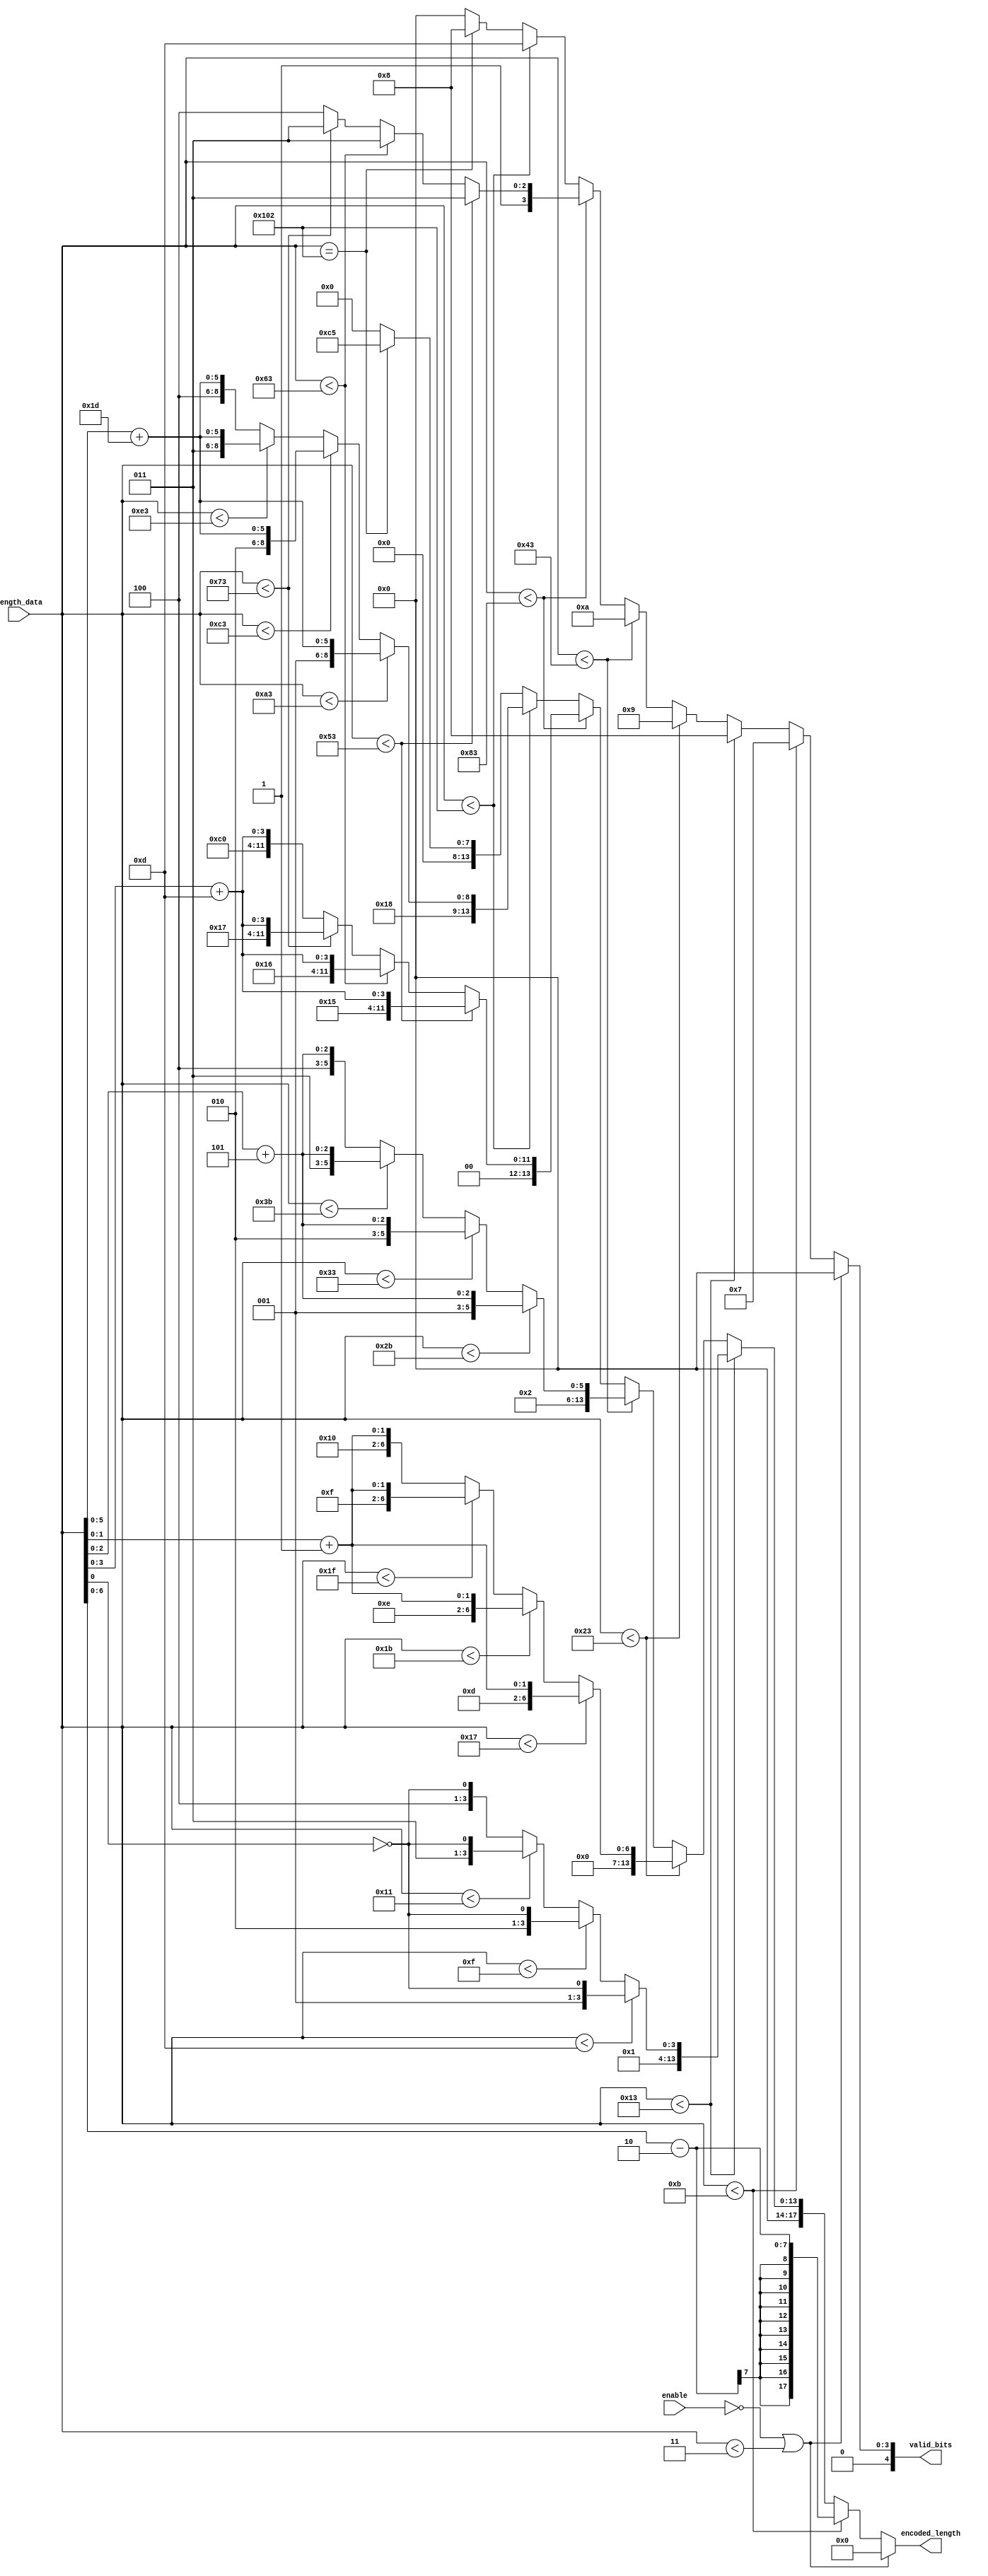
module Length_Encoder(
  input [8:0] length_data,
  input enable,
  output reg [17:0] encoded_length,
  output reg [4:0] valid_bits  
);
  
  
  always@* begin

    //If module is not enabled or value is too small output zeros
    if(!enable || length_data < 9'd3) begin
      encoded_length = 16'd0;
      valid_bits = 5'd0;
    end

    //Encoded with 0 extra bits
    else if(length_data < 9'd11) begin
      encoded_length = length_data[6:0] - 6'd2;
      valid_bits = 5'd7;
    end
    
    //Encoded with 1 extra bit
    else if(length_data < 9'd19) begin
      
     valid_bits = 5'd8;
      
      if(length_data < 9'd13)
        encoded_length = {7'd9, !length_data[0]};
      
      else if(length_data < 9'd15)
        encoded_length = {7'd10, !length_data[0]};
      
      else if(length_data < 9'd17)
        encoded_length = {7'd11, !length_data[0]};
      
      else 
        encoded_length = {7'd12, !length_data[0]};

    end
    
    //Encoded with 2 extra bits
    else if(length_data < 9'd35) begin
      
     valid_bits = 5'd9;
      
      if(length_data < 9'd23)
        encoded_length = {7'd13, length_data[1:0] + 2'd1};
        
      else if(length_data < 9'd27)
        encoded_length = {7'd14, length_data[1:0] + 2'd1};

      else if(length_data < 9'd31)
        encoded_length = {7'd15, length_data[1:0] + 2'd1};

      else
        encoded_length = {7'd16, length_data[1:0] + 2'd1};
        
    end
    
    //Encoded with 3 extra bits
    else if(length_data < 9'd67) begin
      
     valid_bits = 5'd10;
            
      if(length_data < 9'd43) 
        encoded_length = {7'd17, length_data[2:0] + 3'd5};
        
      else if(length_data < 9'd51)
        encoded_length = {7'd18, length_data[2:0] + 3'd5};
        
      else if(length_data < 9'd59)
        encoded_length = {7'd19, length_data[2:0] + 3'd5};
        
      else
        encoded_length = {7'd20, length_data[2:0] + 3'd5};

    end
    
    //Encoded with 4 extra bits
    else if(length_data < 9'd131) begin
      
     valid_bits = 5'd11;
            
      if(length_data < 9'd83) 
        encoded_length = {7'd21, length_data[3:0] + 4'd13};
        
      else if(length_data < 9'd99)
        encoded_length = {7'd22, length_data[3:0] + 4'd13};
        
      else if(length_data < 9'd115)
        encoded_length = {7'd23, length_data[3:0] + 4'd13};
        
      else begin
        valid_bits = 5'd12;
        encoded_length = {8'd192, length_data[3:0] + 4'd13};
      end

    end
    
    //Encoded with 5 extra bits
    else if(length_data < 9'd258) begin
      
     valid_bits = 5'd13;
            
      if(length_data < 9'd163) 
        encoded_length = {8'd193, length_data[5:0] + 5'd29};
        
      else if(length_data < 9'd195)
        encoded_length = {8'd194, length_data[5:0] + 5'd29};
        
      else if(length_data < 9'd227)
        encoded_length = {8'd195, length_data[5:0] + 5'd29};
        
      else
        encoded_length = {8'd196, length_data[5:0] + 5'd29};

    end
    
    //Maximum length value
    else if(length_data == 9'd258) begin
      valid_bits = 5'd8;
      encoded_length = 8'd197;
    end
    
    //Length_data is too large
    else begin
      encoded_length = 16'd0;
      valid_bits = 5'd0;
    end
       
  end
  
  
endmodule